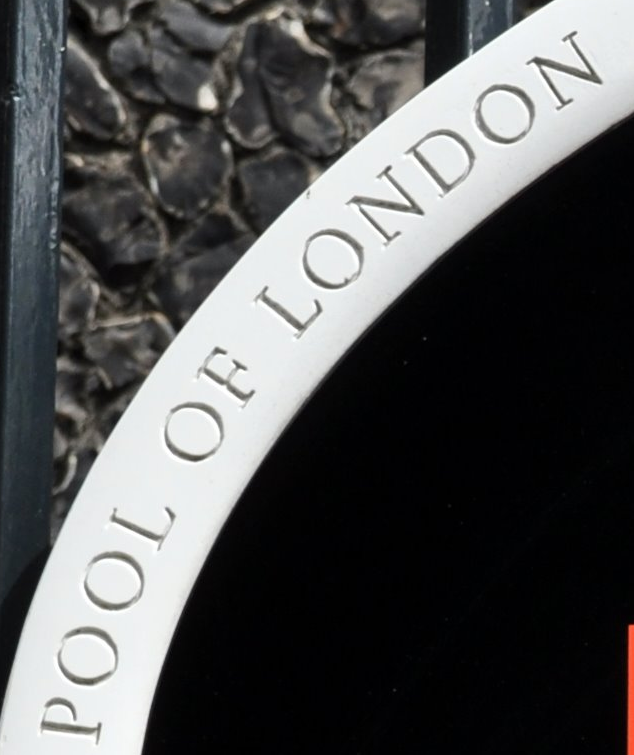
POOL OF LONDON